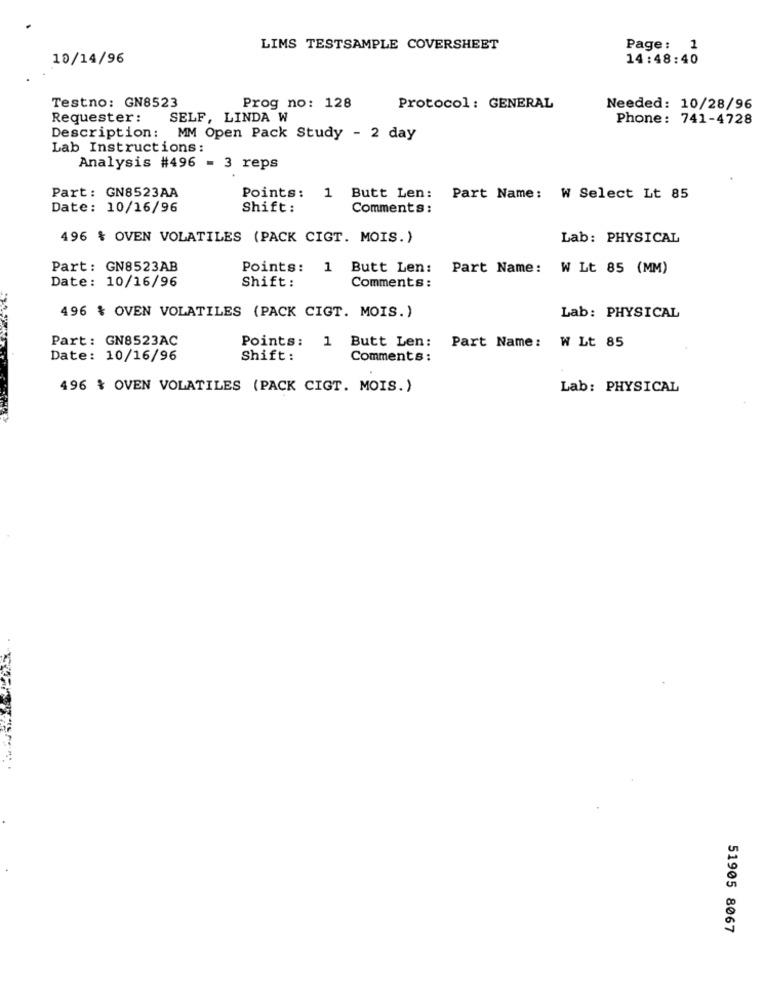
LIMS TESTSAMPLE COVERSHEET
Page: 1
10/14/96
14:48:40
Testno: GN8523
Prog no: 128
Protocol : GENERAL
Needed: 10/28/96
Requester:
SELF, LINDA W
Phone: 741-4728
Description :
MM Open Pack Study - 2 day
Lab Instructions:
Analysis #496 = 3 reps
Part: GN8523AA
Points: 1 Butt Len: Part Name: W Select Lt 85
Date: 10/16/96
Shift:
Comments:
496 % OVEN VOLATILES (PACK CIGT. MOIS.)
Lab: PHYSICAL
Part: GN8523AB
Points: 1 Butt Len:
Part Name: W Lt 85 (MM)
Date: 10/16/96
Shift:
Comments:
496 % OVEN VOLATILES (PACK CIGT. MOIS.)
Lab: PHYSICAL
Part: GN8523AC
Points: 1 Butt Len: Part Name: W Lt 85
Date: 10/16/96
Shift:
Comments :
496 % OVEN VOLATILES (PACK CIGT. MOIS.)
Lab: PHYSICAL
51905 8067